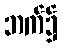
ဘက်၌